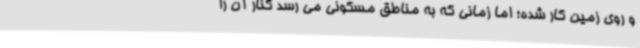
و روی زمین کار شده؛ اما زمانی که به مناطق مسکونی می رسد کنار آن را